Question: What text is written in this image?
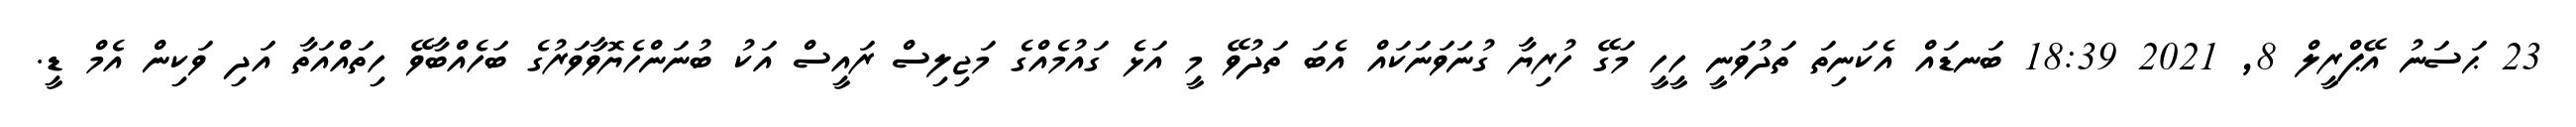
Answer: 23 ޙަސަނު އޭޕްރީލް 8, 2021 18:39 ބަނޑައް އެކަނިތަ ތަދުވަނީ ހީހީ މަގޭ ހުރިޔާ ގުނަވަނަކައް އެބަ ތަދުވޭ މީ އަޅެ ގައުމެއްގެ މަޖިލިސް ރައީސް އަކު ބުނަންހެޔޮވާވަރުގެ ބަހެއްބާވޭ ހިތައްއަތާ އަދި ވަކިން އެމް ޑީ.